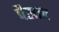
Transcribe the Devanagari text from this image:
पैसाच